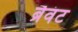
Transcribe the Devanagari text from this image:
ब्रैवंट